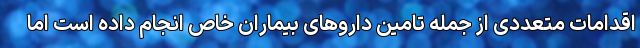
اقدامات متعددی از جمله تامین داروهای بیماران خاص انجام داده است اما